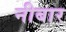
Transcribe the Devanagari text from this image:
नीबार